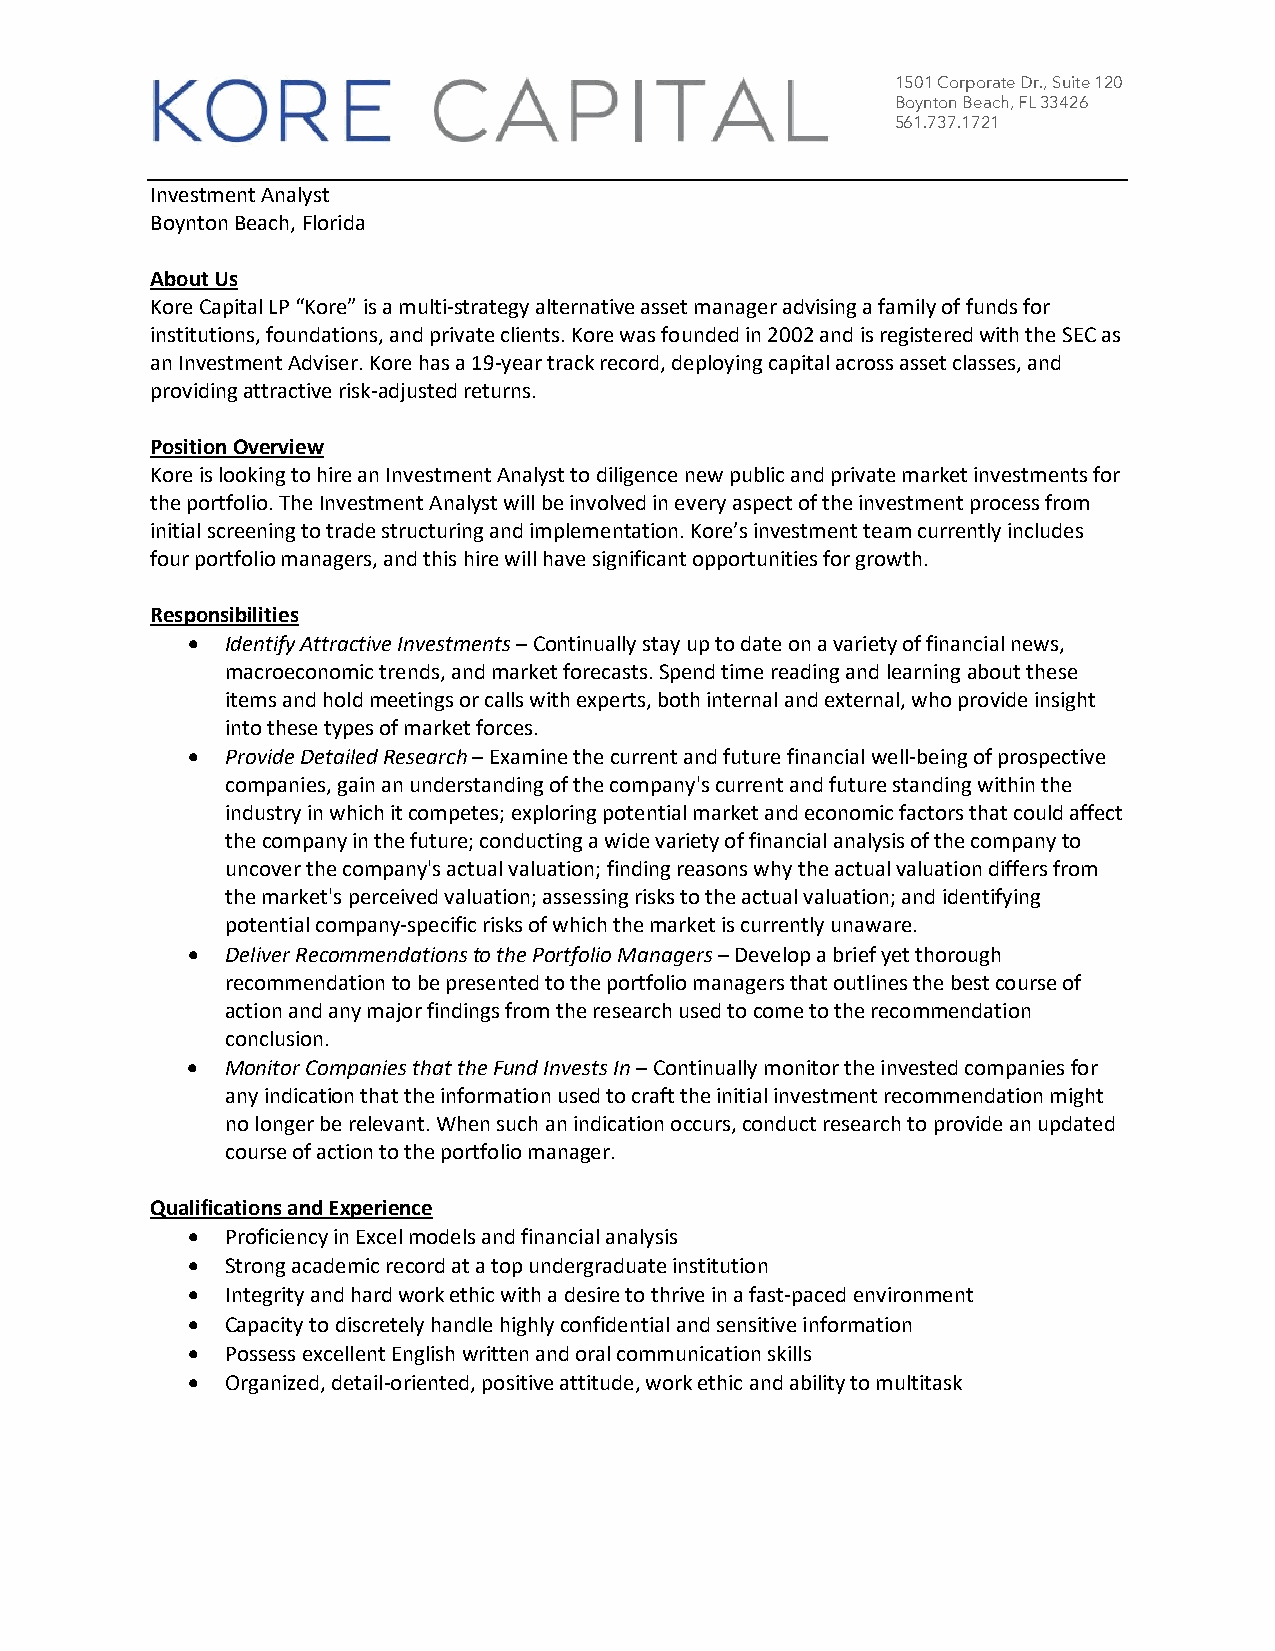
1501 Corporate Dr., Suite 120
 Boynton Beach, FL 33426
 561.737.1721
 Investment Analyst
 Boynton Beach, Florida
 About Us
 Kore Capital LP “Kore” is a multi-strategy alternative asset manager advising a family of funds for
 institutions, foundations, and private clients. Kore was founded in 2002 and is registered with the SEC as
 an Investment Adviser. Kore has a 19-year track record, deploying capital across asset classes, and
 providing attractive risk-adjusted returns.
 Position Overview
 Kore is looking to hire an Investment Analyst to diligence new public and private market investments for
 the portfolio. The Investment Analyst will be involved in every aspect of the investment process from
 initial screening to trade structuring and implementation. Kore’s investment team currently includes
 four portfolio managers, and this hire will have significant opportunities for growth.
 Responsibilities
 •  Identify Attractive Investments – Continually stay up to date on a variety of financial news,
 macroeconomic trends, and market forecasts. Spend time reading and learning about these
 items and hold meetings or calls with experts, both internal and external, who provide insight
 into these types of market forces.
 •  Provide Detailed Research – Examine the current and future financial well-being of prospective
 companies, gain an understanding of the company's current and future standing within the
 industry in which it competes; exploring potential market and economic factors that could affect
 the company in the future; conducting a wide variety of financial analysis of the company to
 uncover the company's actual valuation; finding reasons why the actual valuation differs from
 the market's perceived valuation; assessing risks to the actual valuation; and identifying
 potential company-specific risks of which the market is currently unaware.
 •  Deliver Recommendations to the Portfolio Managers – Develop a brief yet thorough
 recommendation to be presented to the portfolio managers that outlines the best course of
 action and any major findings from the research used to come to the recommendation
 conclusion.
 •  Monitor Companies that the Fund Invests In – Continually monitor the invested companies for
 any indication that the information used to craft the initial investment recommendation might
 no longer be relevant. When such an indication occurs, conduct research to provide an updated
 course of action to the portfolio manager.
 Qualifications and Experience
 •  Proficiency in Excel models and financial analysis
 •  Strong academic record at a top undergraduate institution
 •  Integrity and hard work ethic with a desire to thrive in a fast-paced environment
 •  Capacity to discretely handle highly confidential and sensitive information
 •  Possess excellent English written and oral communication skills
 •  Organized, detail-oriented, positive attitude, work ethic and ability to multitask